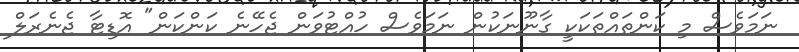
ނަމަވެސް މި ކަންތައްތަކަކީ ގާނޫނަކުން ނަމަވެސް ހުއްޓުވަން ޖެހޭނެ ކަންކަން" އޮޑިޓާ ޖެނެރަލް